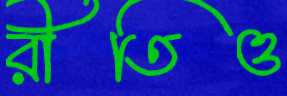
রীতিও